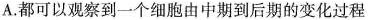
A.都可以观察到一个细胞由中期到后期的变化过程